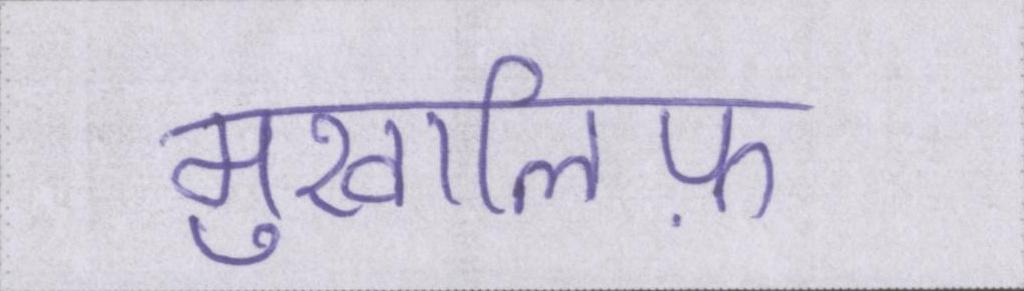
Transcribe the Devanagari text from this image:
मुखालिफ़